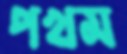
পখম